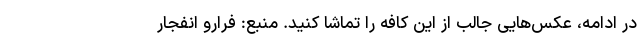
در ادامه، عکس‌هایی جالب از این کافه را تماشا کنید. منبع: فرارو انفجار